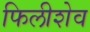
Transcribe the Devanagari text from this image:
फिलीशेव